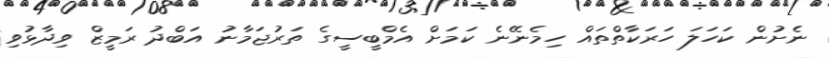
ނެށުން ކަހަލަ ހަރަކާތްތައް ހިމެނޭނެ ކަމަށް އެމްބީސީގެ ތަރުޖަމާނު އަބްދު ރަމީޒް ވިދާޅުވި